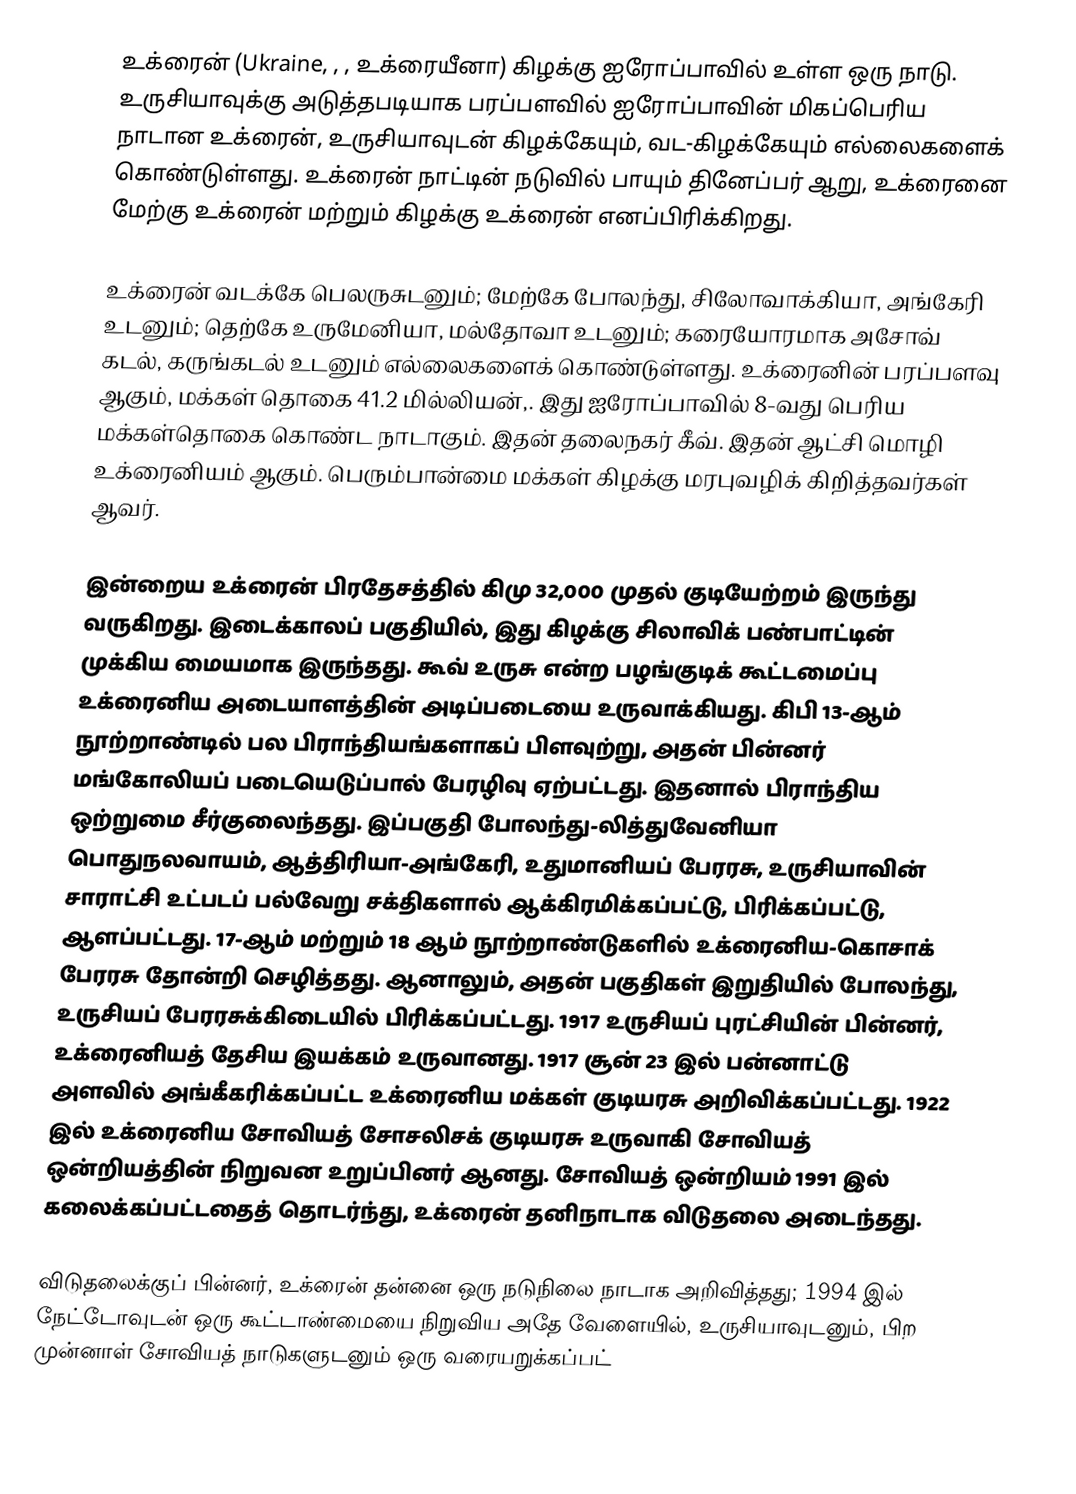
உக்ரைன் (Ukraine, , , உக்ரையீனா) கிழக்கு ஐரோப்பாவில் உள்ள ஒரு நாடு. உருசியாவுக்கு அடுத்தபடியாக பரப்பளவில் ஐரோப்பாவின் மிகப்பெரிய நாடான உக்ரைன், உருசியாவுடன் கிழக்கேயும், வட-கிழக்கேயும் எல்லைகளைக் கொண்டுள்ளது. உக்ரைன் நாட்டின் நடுவில் பாயும் தினேப்பர் ஆறு, உக்ரைனை மேற்கு உக்ரைன் மற்றும் கிழக்கு உக்ரைன் எனப்பிரிக்கிறது.

உக்ரைன் வடக்கே பெலருசுடனும்; மேற்கே போலந்து, சிலோவாக்கியா, அங்கேரி உடனும்; தெற்கே உருமேனியா, மல்தோவா உடனும்; கரையோரமாக அசோவ் கடல், கருங்கடல் உடனும் எல்லைகளைக் கொண்டுள்ளது. உக்ரைனின் பரப்பளவு  ஆகும், மக்கள் தொகை 41.2 மில்லியன்,. இது ஐரோப்பாவில் 8-வது பெரிய மக்கள்தொகை கொண்ட நாடாகும். இதன் தலைநகர் கீவ். இதன் ஆட்சி மொழி உக்ரைனியம் ஆகும். பெரும்பான்மை மக்கள் கிழக்கு மரபுவழிக் கிறித்தவர்கள் ஆவர்.

இன்றைய உக்ரைன் பிரதேசத்தில் கிமு 32,000 முதல் குடியேற்றம் இருந்து வருகிறது. இடைக்காலப் பகுதியில், இது கிழக்கு சிலாவிக் பண்பாட்டின் முக்கிய மையமாக இருந்தது. கூவ் உருசு என்ற பழங்குடிக் கூட்டமைப்பு உக்ரைனிய அடையாளத்தின் அடிப்படையை உருவாக்கியது. கிபி 13-ஆம் நூற்றாண்டில் பல பிராந்தியங்களாகப் பிளவுற்று, அதன் பின்னர் மங்கோலியப் படையெடுப்பால் பேரழிவு ஏற்பட்டது. இதனால் பிராந்திய ஒற்றுமை சீர்குலைந்தது. இப்பகுதி போலந்து-லித்துவேனியா பொதுநலவாயம், ஆத்திரியா-அங்கேரி, உதுமானியப் பேரரசு, உருசியாவின் சாராட்சி உட்படப் பல்வேறு சக்திகளால் ஆக்கிரமிக்கப்பட்டு, பிரிக்கப்பட்டு, ஆளப்பட்டது. 17-ஆம் மற்றும் 18 ஆம் நூற்றாண்டுகளில் உக்ரைனிய-கொசாக் பேரரசு தோன்றி செழித்தது. ஆனாலும், அதன் பகுதிகள் இறுதியில் போலந்து, உருசியப் பேரரசுக்கிடையில் பிரிக்கப்பட்டது. 1917 உருசியப் புரட்சியின் பின்னர், உக்ரைனியத் தேசிய இயக்கம் உருவானது. 1917 சூன் 23 இல் பன்னாட்டு அளவில் அங்கீகரிக்கப்பட்ட உக்ரைனிய மக்கள் குடியரசு அறிவிக்கப்பட்டது. 1922 இல் உக்ரைனிய சோவியத் சோசலிசக் குடியரசு உருவாகி சோவியத் ஒன்றியத்தின் நிறுவன உறுப்பினர் ஆனது. சோவியத் ஒன்றியம் 1991 இல் கலைக்கப்பட்டதைத் தொடர்ந்து, உக்ரைன் தனிநாடாக விடுதலை அடைந்தது.

விடுதலைக்குப் பின்னர், உக்ரைன் தன்னை ஒரு நடுநிலை நாடாக அறிவித்தது; 1994 இல் நேட்டோவுடன் ஒரு கூட்டாண்மையை நிறுவிய அதே வேளையில், உருசியாவுடனும், பிற முன்னாள் சோவியத் நாடுகளுடனும் ஒரு வரையறுக்கப்பட்